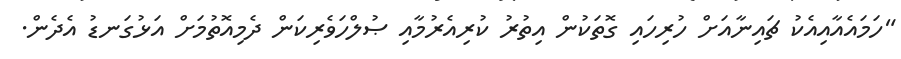
"ހަމައެއާއިއެކު ޗައިނާއަށް ހުރިހައި ގޮތަކުން އިތުރު ކުރިއެރުމާއި ޞުލްހަވެރިކަން ދެމިއޮތުމަށް އަޅުގަނޑު އެދެން.